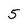
Character: 5